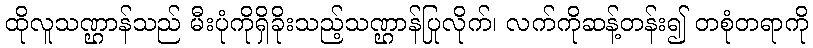
ထိုလူသဏ္ဌာန်သည် မီးပုံကိုရှိခိုးသည့်သဏ္ဌာန်ပြုလိုက်၊ လက်ကိုဆန့်တန်း၍ တစုံတရာကို